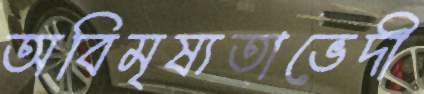
অবিমৃষ্যতাভেদী